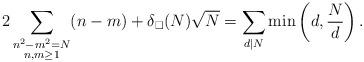
LaTeX: \begin{align*}2\sum_{\substack{n^2-m^2=N \\ n,m\geq 1}} (n-m) + \delta_\square(N)\sqrt{N} = \sum_{d|N} \min\left(d,\frac Nd\right).\end{align*}